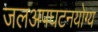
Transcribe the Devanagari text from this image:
जलअपघटनयोग्य